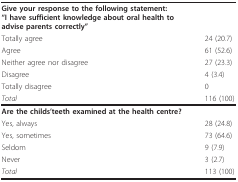
| Give your response to the following statement: "I have sufficient knowledge about oral health to advise parents correctly" |  |
 | Totally agree | 24 (20.7) |
 | Agree | 61 (52.6) |
 | Neither agree nor disagree | 27 (23.3) |
 | Disagree | 4 (3.4) |
 | Totally disagree | 0 |
 | Total | 116 (100) |
 | --- | --- |
 | Are the childs'teeth examined at the health centre? |  |
 | Yes, always | 28 (24.8) |
 | Yes, sometimes | 73 (64.6) |
 | Seldom | 9 (7.9) |
 | Never | 3 (2.7) |
 | Total | 113 (100) |